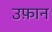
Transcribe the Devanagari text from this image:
उफ़ान